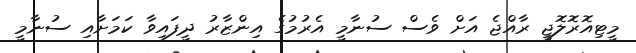
މީޓިއޮރޮލޮޖީ ރާއްޖެ އަށް ވެސް ސުނާމީ އެރުމުގެ އިންޒާރު ދީފައިވާ ކަމަށާއި ސުނާމީ